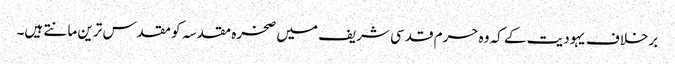
برخلاف یہودیت کے کہ وہ حرم قدسی شریف میں صخرہ مقدسہ کو مقدس ترین مانتے ہیں۔